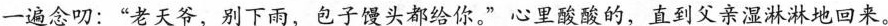
一遍念叨：”老天爷，别下雨，包子馒头都给你。”心里酸酸的，直到父亲湿淋淋地回来。